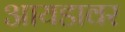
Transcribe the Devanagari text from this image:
आयडावर